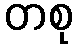
တစု